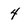
Character: 4